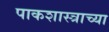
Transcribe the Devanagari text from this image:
पाकशास्त्राच्या